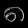
Digit: ၈